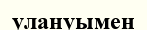
улануымен